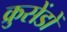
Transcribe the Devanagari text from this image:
क्रुसेंडों